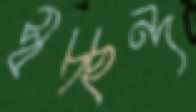
স্বচ্ছন্দ